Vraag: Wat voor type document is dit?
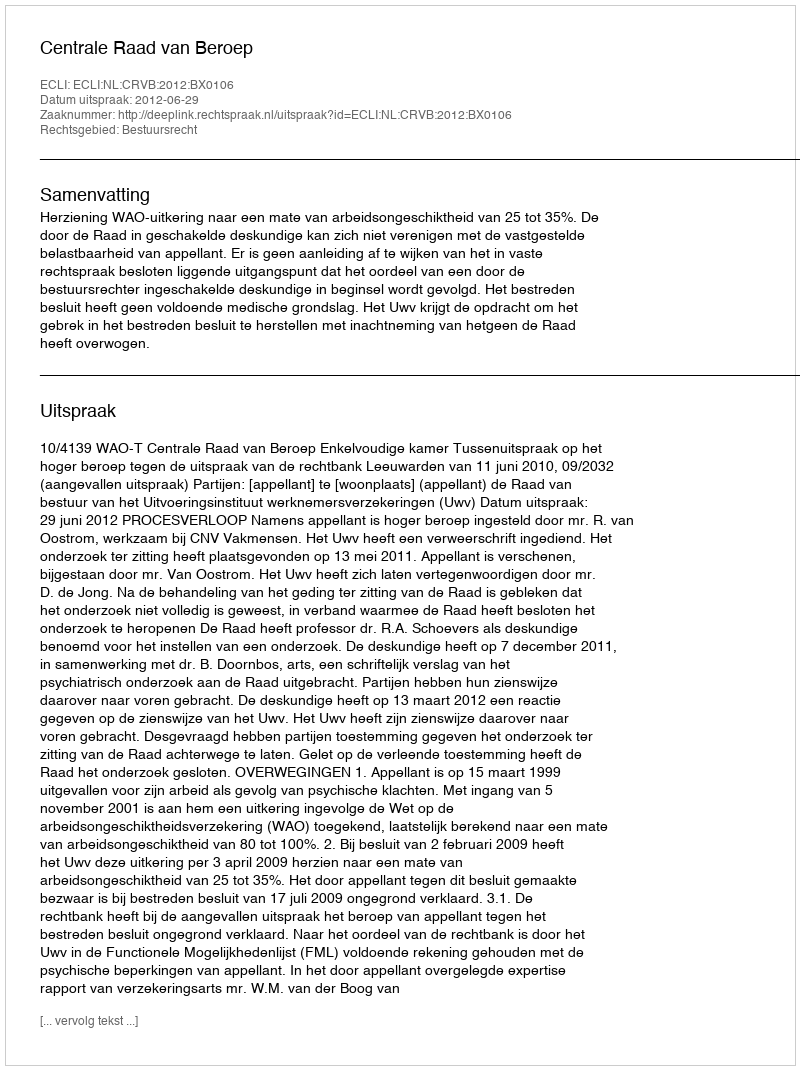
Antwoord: Uitspraak